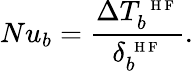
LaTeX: Nu_{b}=\frac{\Delta T_{b}^{\mathrm{~\scriptsize~H~F~}}}{\delta_{b}^{\mathrm{~\scriptsize~H~F~}}}.